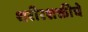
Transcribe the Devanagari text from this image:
शरीरशक्तीचे